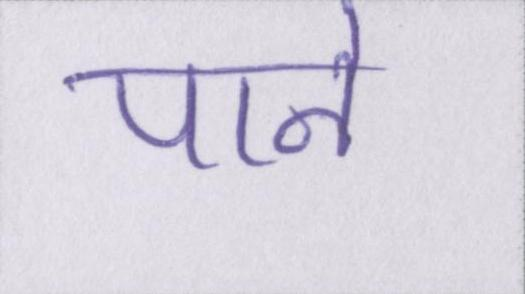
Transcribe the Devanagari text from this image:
पाने